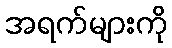
အရက်များကို